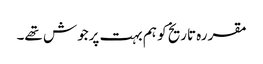
مقررہ تاریخ کو ہم بہت پرجوش تھے۔